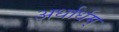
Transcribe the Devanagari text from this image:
अर्धार्धम्